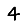
Digit: 4